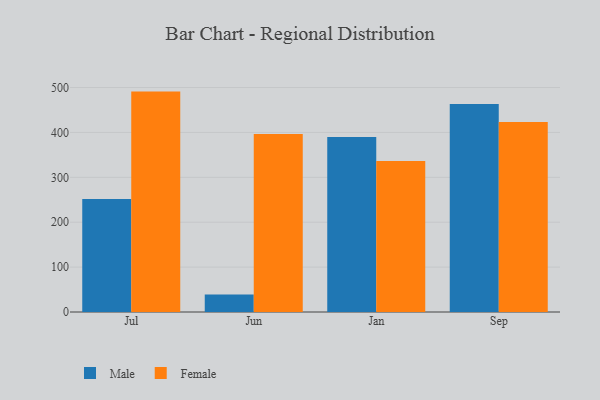
{"axis": {"x": "Month", "y": "Market Share (%)"}, "legend": ["Female", "Male"], "data": [{"x": "Jul", "y": 251.8, "type": "Male"}, {"x": "Jul", "y": 491.0, "type": "Female"}, {"x": "Jun", "y": 39.2, "type": "Male"}, {"x": "Jun", "y": 396.5, "type": "Female"}, {"x": "Jan", "y": 389.9, "type": "Male"}, {"x": "Jan", "y": 336.6, "type": "Female"}, {"x": "Sep", "y": 463.6, "type": "Male"}, {"x": "Sep", "y": 423.0, "type": "Female"}]}